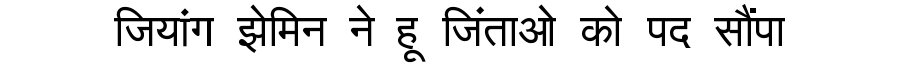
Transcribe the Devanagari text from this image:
जियांग झेमिन ने हू जिंताओ को पद सौंपा